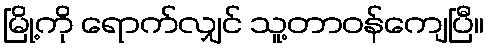
မြို့ကို ရောက်လျှင် သူ့တာဝန်ကျေပြီ။